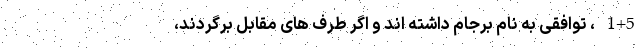
1+5 ، توافقی به نام برجام داشته اند و اگر طرف های مقابل برگردند،